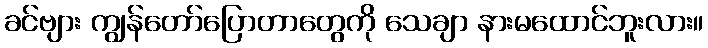
ခင်ဗျား ကျွန်တော်ပြောတာတွေကို သေချာ နားမထောင်ဘူးလား။